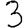
Digit: 3